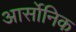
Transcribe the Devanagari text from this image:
आर्सोनिक